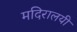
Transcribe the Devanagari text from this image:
मदिरालयी